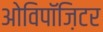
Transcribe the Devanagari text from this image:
ओविपॉज़िटर